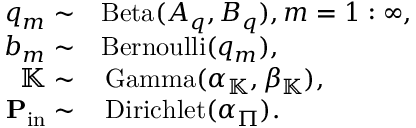
\begin{array} { r l } { q _ { m } \sim } & { { } \mathrm { B e t a } ( A _ { q } , B _ { q } ) , m = 1 : \infty , } \\ { b _ { m } \sim } & { { } \mathrm { B e r n o u l l i } ( q _ { m } ) , } \\ { \mathbb { K } \sim } & { { } \, \mathrm { G a m m a } ( \alpha _ { \mathbb { K } } , \beta _ { \mathbb { K } } ) , } \\ { \mathbf { P } _ { \mathrm { i n } } \sim } & { { } \, \mathrm { D i r i c h l e t } ( \alpha _ { \Pi } ) . } \end{array}